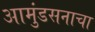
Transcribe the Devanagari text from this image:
आमुंडसनाचा